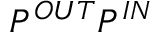
P ^ { O U T } P ^ { I N }